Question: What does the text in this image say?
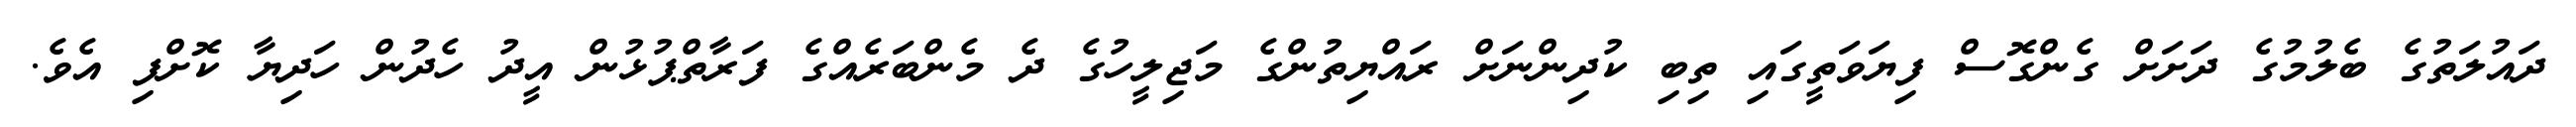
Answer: ދައުލަތުގެ ބެލުމުގެ ދަށަށް ގެންގޮސް ފިޔަވަތީގައި ތިބި ކުދިންނަށް ރައްޔިތުންގެ މަޖިލީހުގެ ދެ މެންބަރެއްގެ ފަރާތްޕުޅުން އީދު ހެދުން ހަދިޔާ ކޮށްފި އެވެ.